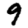
Digit: 9